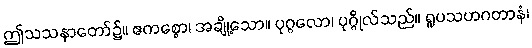
ဤသသနာတော်၌။ ဧကစ္စော၊ အချို့သော။ ပုဂ္ဂလော၊ ပုဂ္ဂိုလ်သည်။ ရူပသဟဂတာနံ၊